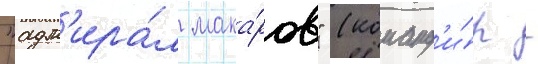
"адм'ира́л мака́ров" (команд'и́р -